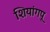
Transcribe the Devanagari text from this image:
शियांगपू